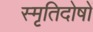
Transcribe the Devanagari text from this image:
स्मृतिदोषों